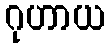
ဂုဟာယ